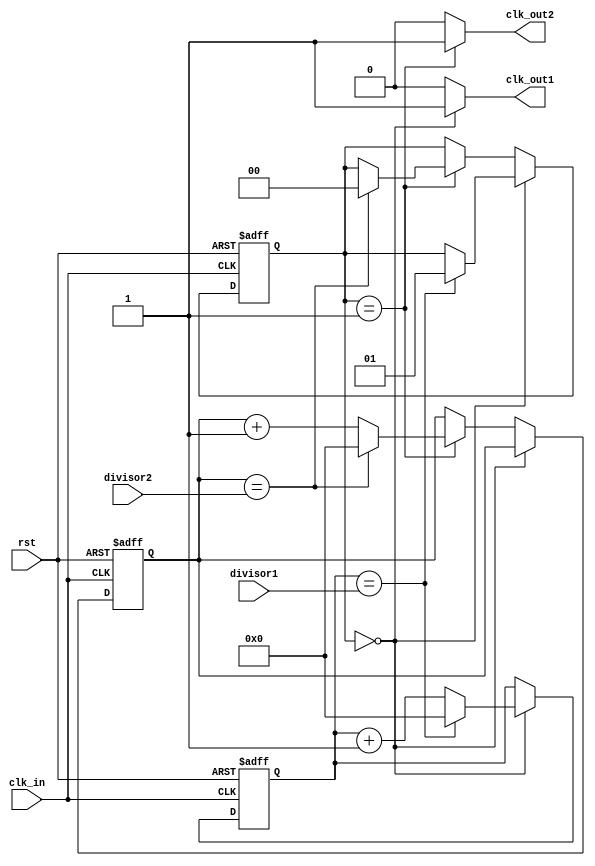
module dual_modulus_clock_divider (
    input wire clk_in,
    output wire clk_out1,
    output wire clk_out2,
    input wire rst,
    input wire [7:0] divisor1,
    input wire [7:0] divisor2
);

reg [7:0] counter1;
reg [7:0] counter2;
reg [1:0] state;

always @(posedge clk_in or posedge rst) begin
    if (rst) begin
        counter1 <= 8'd0;
        counter2 <= 8'd0;
        state <= 2'd0;
    end else begin
        if (state == 2'd0) begin
            if (counter1 == divisor1) begin
                counter1 <= 8'd0;
                state <= 2'd1;
            end else begin
                counter1 <= counter1 + 1;
            end
        end else if (state == 2'd1) begin
            if (counter2 == divisor2) begin
                counter2 <= 8'd0;
                state <= 2'd0;
            end else begin
                counter2 <= counter2 + 1;
            end
        end
    end
end

assign clk_out1 = (state == 2'd0) ? 1'b1 : 1'b0;
assign clk_out2 = (state == 2'd1) ? 1'b1 : 1'b0;

endmodule